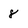
Character: 8